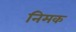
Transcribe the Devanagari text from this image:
निमक